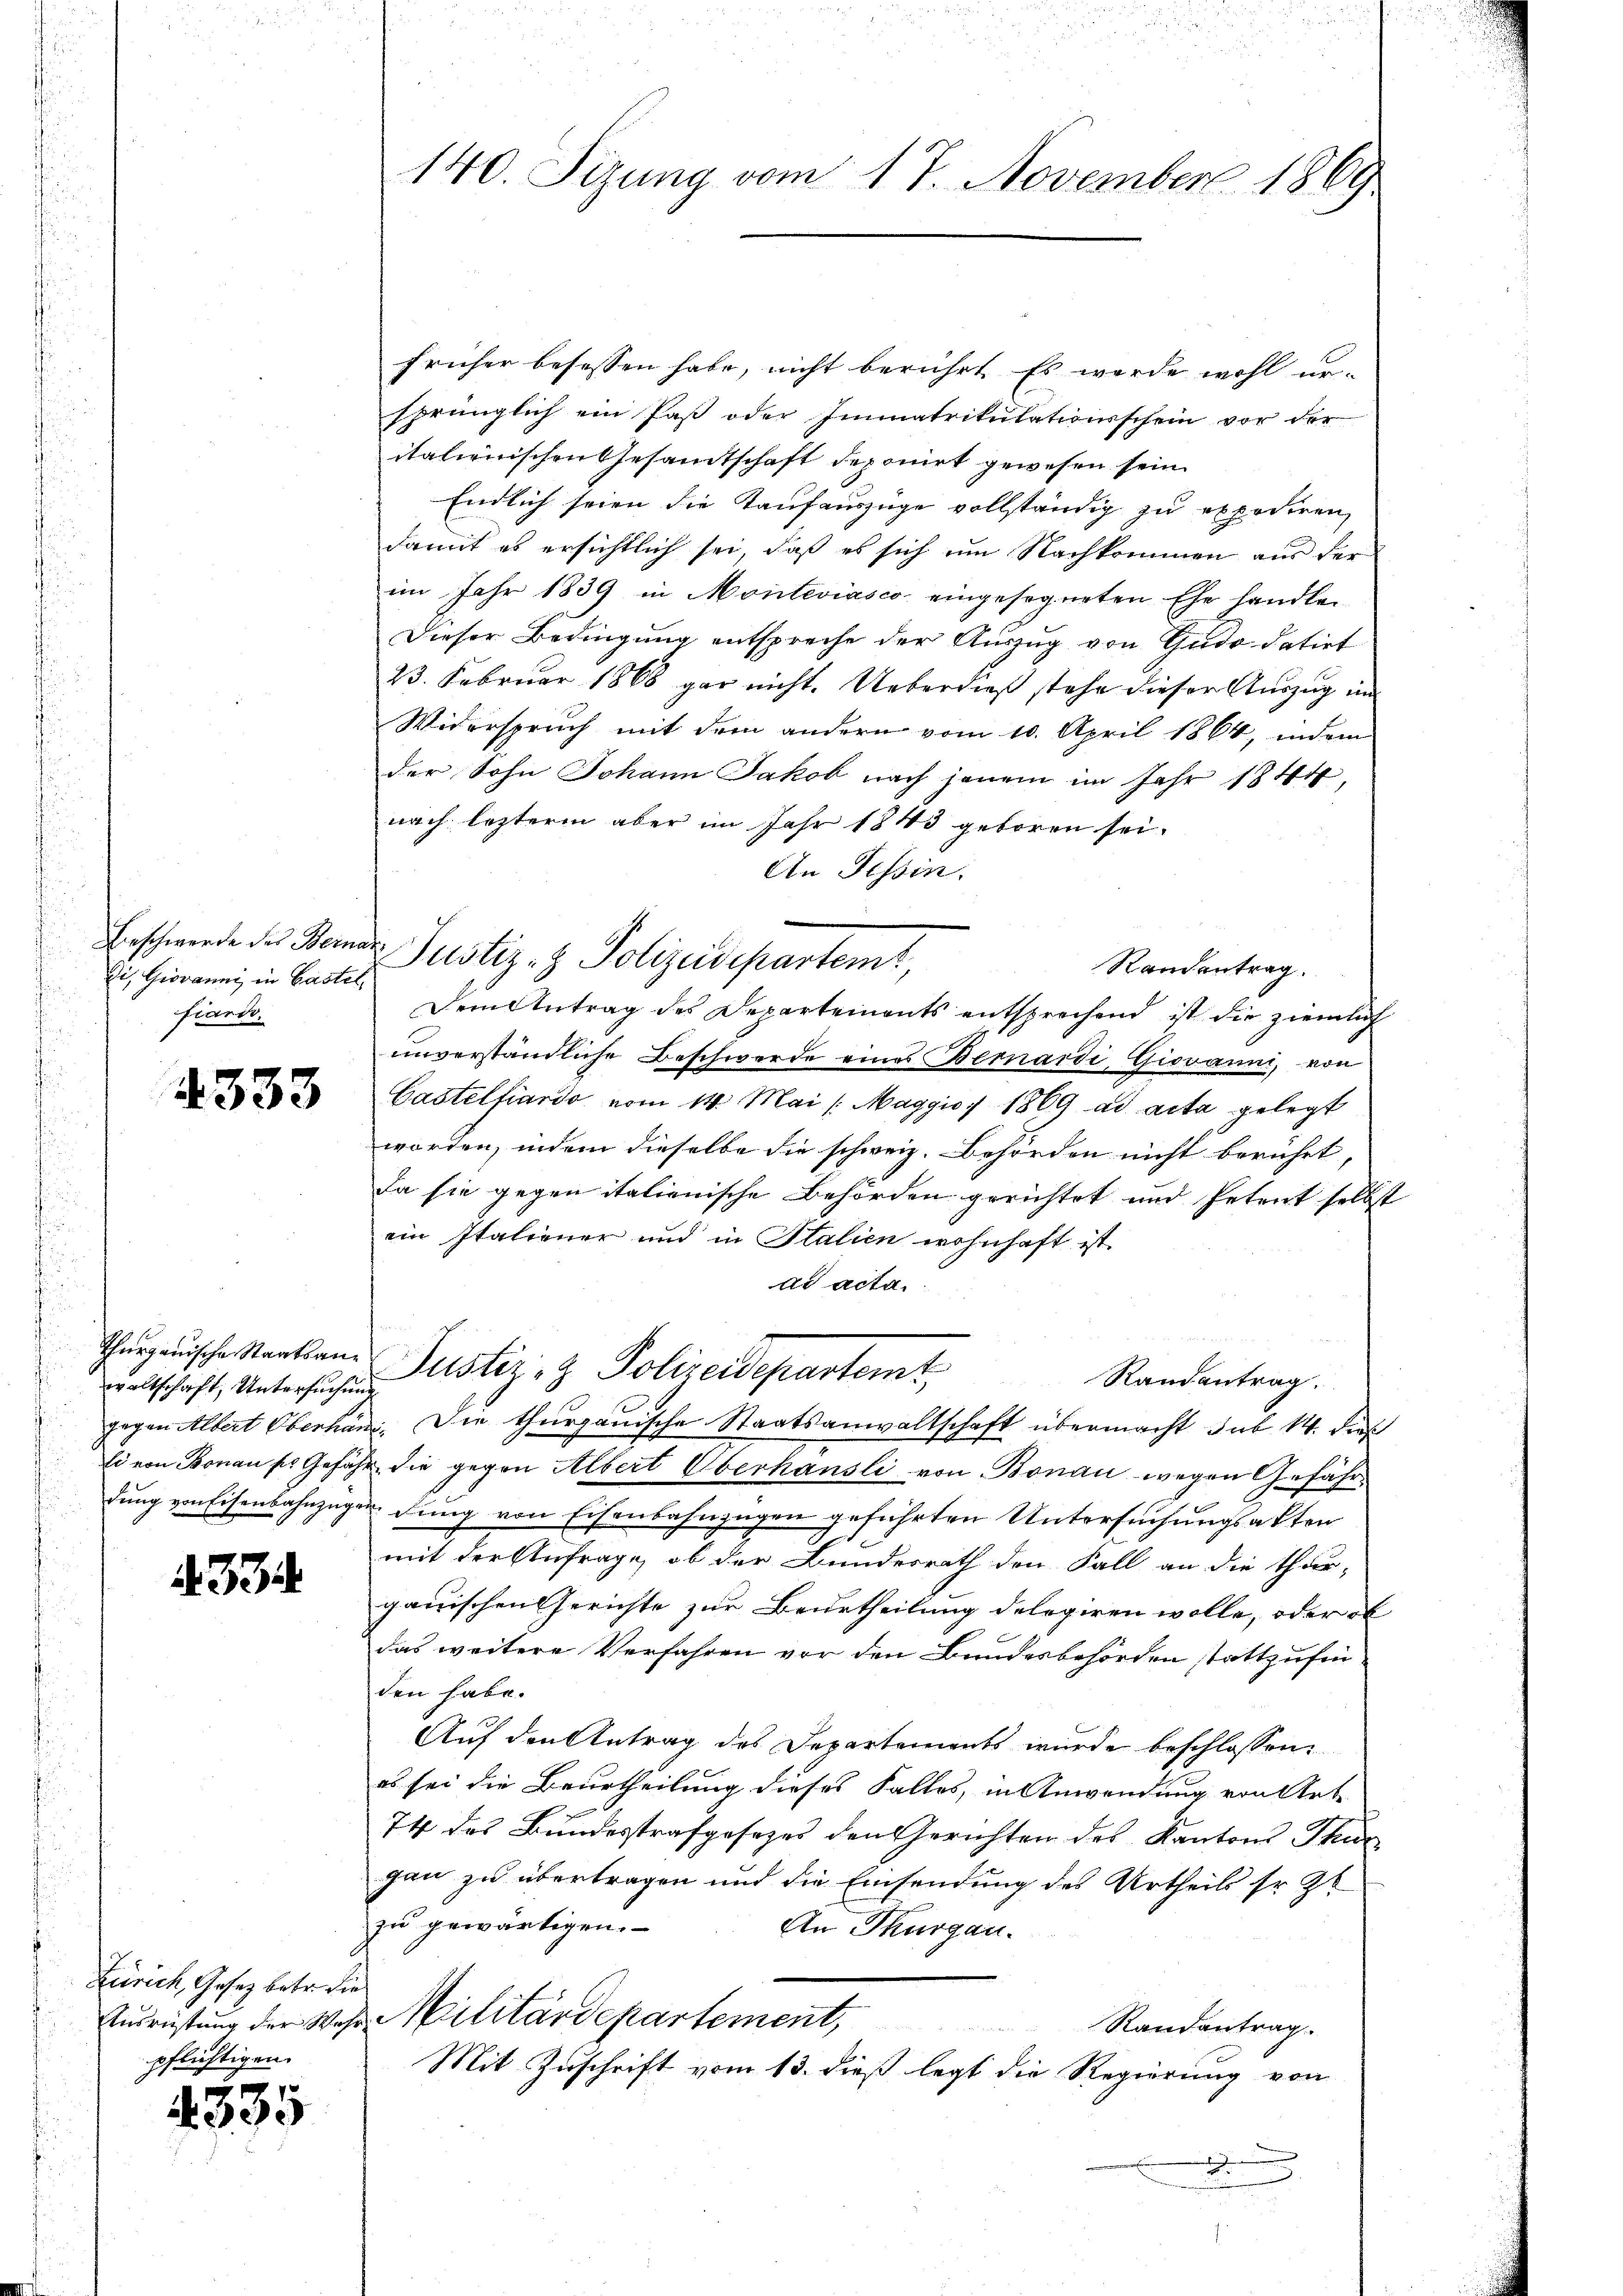
Beschwerde des Berna
Si. Giovanni in Castel
fiardi.

4333

Thurgauische Staatsanwaltschaft, Untersuchen
gegen Albert Oberhän
li von Bonau ses Gefäh
dung von Eisenbahnzug

334.

Zürich, Gesetz betr. die
Ausreistung der Wahrpflichtigen.

335

140. Sizung vom 17. November 1869

früher besessen habe, nicht berührt. Es werde wohl ursprünglich ein Paß oder Immatrikulationsschein vor der
italienischen Gesammtschaft deponirt gewesen sein.
Endlich seien die Taufauszüge vollständig zu expediren,
damit es ersichtlich sei, daß es sich um Nachkommen aus der
im Jahr 1839 in Monteviasco eingesegneten Ehe handle.
Dieser Bedingung entspreche der Auszug von Gudo datirt
23. Februar 1868 gar nicht. Ueberdieß stehe dieser Auszug im
Widerspruch mit dem andern vom 10. April 1864, indem
der Sohn Johann Jakob nach jenem im Jahr 1844,
nach lezterm aber im Jahr 1843 geboren sei.
An Tessin.
Justiz- & Polizeisepartemt,
Randantrag.
Dem Antrag des Departements entsprechend ist die ziemlich
unverständliche Beschwerde eines Bernardi, Giovanni, von
Castelfiardo vom 14. Mai /: Maggio) 1869 ad acta gelegt
worden, indem dieselbe die schweiz. Behörden nicht berührt,
Da sie gegen italienische Behörden gerichtet und Petent selbst
ein Italiener und in Italien wohnhaft ist
dd acta
Justiz- & Polizeidepartemt,
Randantrag.
. Die thurgauische Staatsanwaltschaft übermacht sub 14. dies
 die gegen Albert Oberhausli von Bonau wegen Gefährdung von Eisenbahnzügen geführten Untersuchungsakten
mit der Anfrage, ob der Bundesrath den Fall an die Thur-
gauischen Gerichte zur Beurtheilung delegiren wolle, oder ob
das weitere Verfahren vor den Bundesbehörden stattzufin
den habe.
Auf den Antrag des Departements wurde beschlossen:
es sei die Beurtheilung dieses Falles, in Anwendung von Art
74 des Bundesstrafgesezes den Gerichten des Kantons Thur
gan zu übertragen und die Einsendung des Urtheils so st
zu gewärtigen.
An Thurgau.
Militärdepartement,
Randantrag
Mit Zuschrift vom 13. dieß legt die Regierung von
.